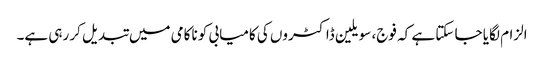
الزام لگایا جا سکتا ہے کہ فوج، سویلین ڈاکٹروں کی کامیابی کو ناکامی میں تبدیل کر رہی ہے۔